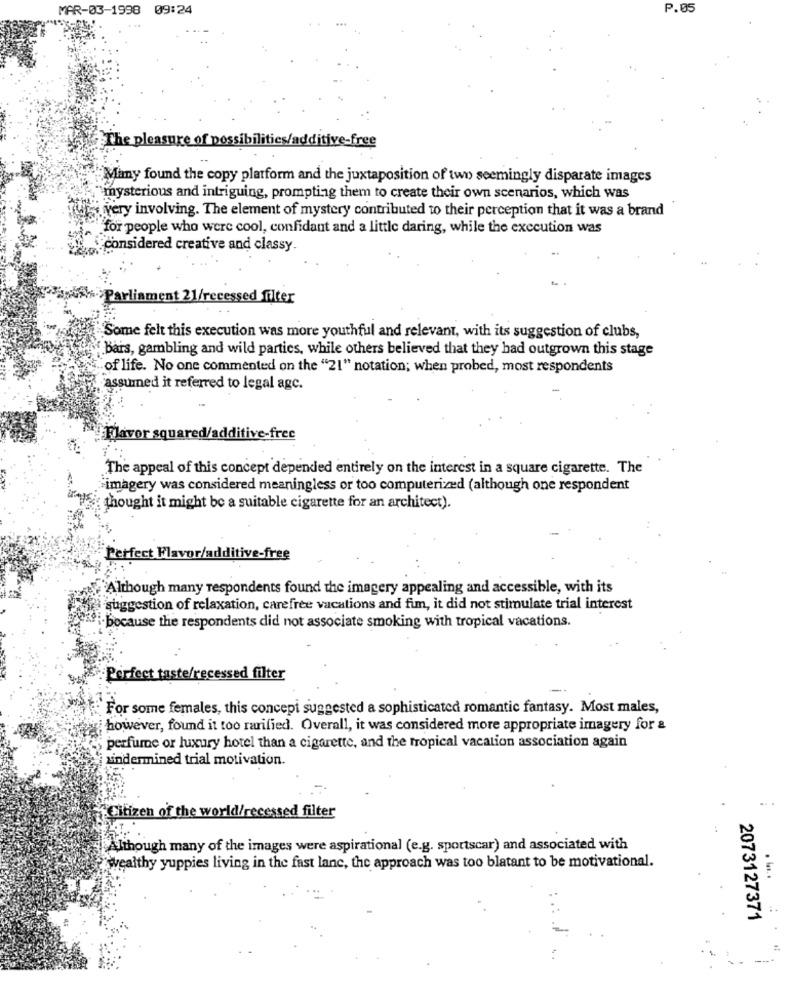
MAR-03-1998
09:24
P.05
The pleasure of possibilities/additive-free
Many found the copy platform and the juxtaposition of two seemingly disparate images
mysterious and intriguing, prompting them to create their own scenarios, which was
very involving. The element of mystery contributed to their perception that it was a brand
for people who were cool, confidant and a little daring, while the execution was
considered creative and classy.
Parliament 21/recessed filter
Some felt this execution was more youthful and relevant, with its suggestion of clubs,
Bars, gambling and wild parties, while others believed that they had outgrown this stage
of life. No one commented on the "21" notation; when probed, most respondents
assumed it referred to legal agc.
Flavor squared/additive-free
The appeal of this concept depended entirely on the interest in a square cigarette. The
>imagery was considered meaningless or too computerized (although one respondent
thought it might be a suitable cigarette for an architect).
Perfect Flavor/additive-free
Although many respondents found the imagery appealing and accessible, with its
suggestion of relaxation, carefree vacations and fim, it did not stimulate trial interest
because the respondents did not associate smoking with tropical vacations.
-Perfect taste/recessed filter
For some females, this concepi suggested a sophisticated romantic fantasy. Most males,
; however, found it too rarified. Overall, it was considered more appropriate imagery for &
perfume or luxury hotel than a cigarette, and the tropical vacation association again
indermined trial motivation.
Citizen of the world/recessed filter
Although many of the images were aspirational (e.g. sportscar) and associated with
wealthy yuppies living in the fast lane, the approach was too blatant to be motivational.
2073127371